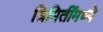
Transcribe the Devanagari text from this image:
त्रिमितींमध्ये